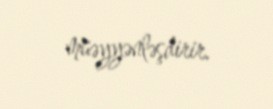
müəyyənləşdirir.